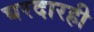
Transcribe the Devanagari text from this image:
घरदारही